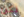
تكن